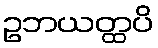
ဥဘယတ္ထပိ